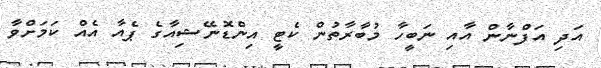
އަދި އަފްނާން އާއި ނަބީހާ މުބާރާތުން ކެޓީ އިންޑޮނޭޝިއާގެ ޕެއާ އެއް ކަމަށްވާ